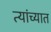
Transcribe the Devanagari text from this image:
त्‍यांच्‍यात